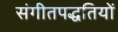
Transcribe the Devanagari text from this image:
संगीतपद्धतियों